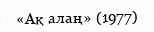
«Ақ алаң» (1977)